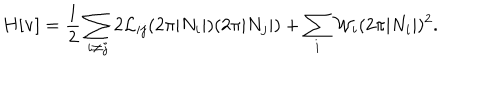
H [ { \bf v } ] = \frac { 1 } { 2 } \sum _ { i \neq j } 2 { \cal L } _ { i j } ( 2 \pi | N _ { i } | ) ( 2 \pi | N _ { j } | ) + \sum _ { i } { \cal W } _ { i } ( 2 \pi | N _ { i } | ) ^ { 2 } .